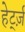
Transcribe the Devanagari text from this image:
हेर्ट्ज़